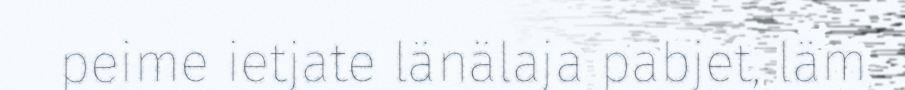
peime ietjate länälaja pabjet, läm